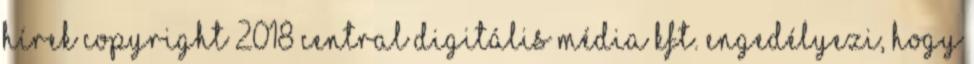
hírek Copyright 2018 Central Digitális Média Kft. Engedélyezi, hogy